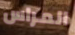
المراس